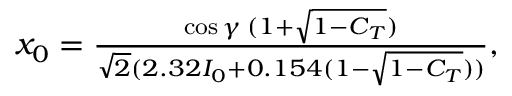
\begin{array} { r } { x _ { 0 } = \frac { \cos { \gamma } \: ( 1 + \sqrt { 1 - C _ { T } } ) } { \sqrt { 2 } ( 2 . 3 2 I _ { 0 } + 0 . 1 5 4 ( 1 - \sqrt { 1 - C _ { T } } ) ) } , } \end{array}